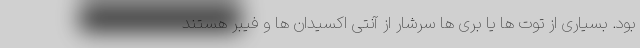
بود. بسیاری از توت ها یا بری ها سرشار از آنتی اکسیدان ها و فیبر هستند